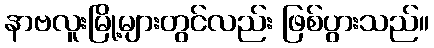
နာဗလူးမြို့များတွင်လည်း ဖြစ်ပွားသည်။